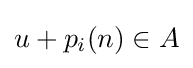
u+p_{i}(n)\in A